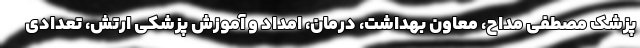
پزشک مصطفی مداح، معاون بهداشت، درمان، امداد و آموزش پزشکی ارتش، تعدادی